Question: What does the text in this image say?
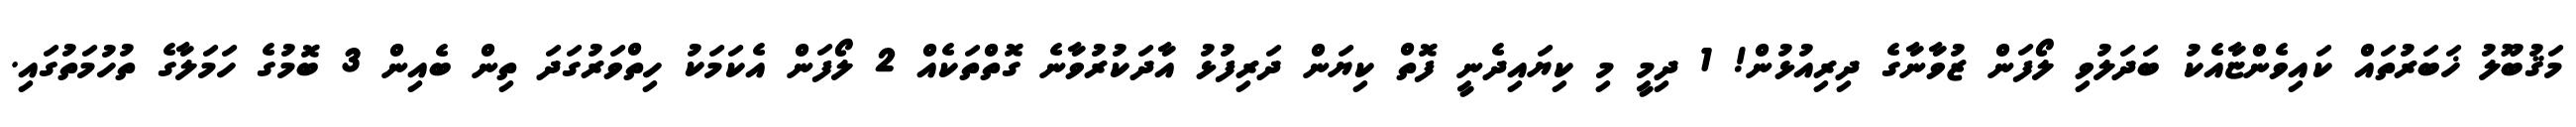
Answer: މަޤުބޫލު ޚަބަރުތައް ކައިވެންޏާއެކު ބަދަލުވި ލޯފަން ޒުވާނާގެ ދިރިއުޅުން! 1 ދިމީ މި ކިޔައިދެނީ ފޮތް ކިޔަން ދަރިފުޅު އާދަކުރުވާނެ ގޮތްތަކެއް 2 ލޯފަން އެކަމަކު ހިތްވަރުގަދަ ތިން ބެއިން 3 ބޮމުގެ ހަމަލާގެ ތުހުމަތުގައި.